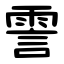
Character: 霅